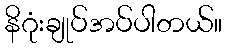
နိဂုံးချုပ်အပ်ပါတယ်။